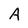
Character: A